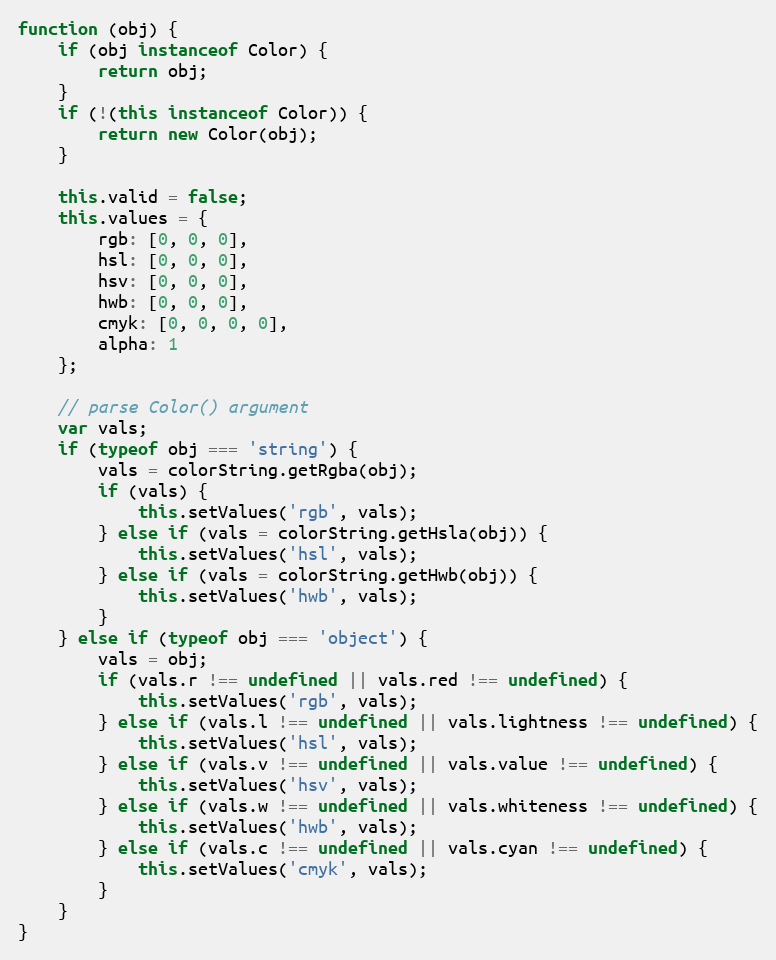
Language: JavaScript
function (obj) {
	if (obj instanceof Color) {
		return obj;
	}
	if (!(this instanceof Color)) {
		return new Color(obj);
	}

	this.valid = false;
	this.values = {
		rgb: [0, 0, 0],
		hsl: [0, 0, 0],
		hsv: [0, 0, 0],
		hwb: [0, 0, 0],
		cmyk: [0, 0, 0, 0],
		alpha: 1
	};

	// parse Color() argument
	var vals;
	if (typeof obj === 'string') {
		vals = colorString.getRgba(obj);
		if (vals) {
			this.setValues('rgb', vals);
		} else if (vals = colorString.getHsla(obj)) {
			this.setValues('hsl', vals);
		} else if (vals = colorString.getHwb(obj)) {
			this.setValues('hwb', vals);
		}
	} else if (typeof obj === 'object') {
		vals = obj;
		if (vals.r !== undefined || vals.red !== undefined) {
			this.setValues('rgb', vals);
		} else if (vals.l !== undefined || vals.lightness !== undefined) {
			this.setValues('hsl', vals);
		} else if (vals.v !== undefined || vals.value !== undefined) {
			this.setValues('hsv', vals);
		} else if (vals.w !== undefined || vals.whiteness !== undefined) {
			this.setValues('hwb', vals);
		} else if (vals.c !== undefined || vals.cyan !== undefined) {
			this.setValues('cmyk', vals);
		}
	}
}